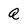
Character: Q